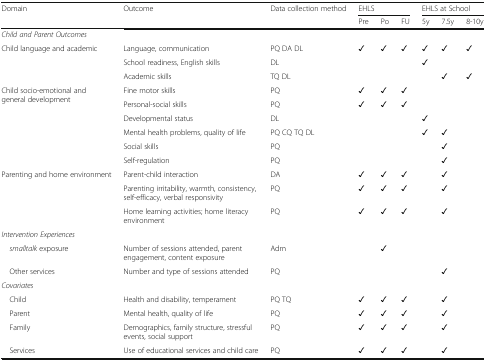
| <ROWSPAN=2> Domain | <ROWSPAN=2> Outcome | <ROWSPAN=2> Data collection method | <COLSPAN=3> EHLS | <COLSPAN=3> EHLS at School |
 | Pre | Po | FU | 5y | 7.5y | 8-10y |
 | --- | --- | --- | --- | --- | --- | --- | --- | --- |
 | <COLSPAN=9> Child and Parent Outcomes |
 | <ROWSPAN=3> Child language and academic | Language, communication | PQ DA DL | ✓ | ✓ | ✓ | ✓ | ✓ | ✓ |
 | School readiness, English skills | DL |  |  |  | ✓ |  |  |
 | Academic skills | TQ DL |  |  |  |  | ✓ | ✓ |
 | <ROWSPAN=6> Child socio-emotional and general development | Fine motor skills | PQ | ✓ | ✓ | ✓ |  |  |  |
 | Personal-social skills | PQ | ✓ | ✓ | ✓ |  |  |  |
 | Developmental status | DL |  |  |  | ✓ |  |  |
 | Mental health problems, quality of life | PQ CQ TQ DL |  |  |  | ✓ | ✓ |  |
 | Social skills | PQ |  |  |  |  | ✓ |  |
 | Self-regulation | PQ |  |  |  |  | ✓ |  |
 | <ROWSPAN=3> Parenting and home environment | Parent-child interaction | DA | ✓ | ✓ | ✓ |  | ✓ |  |
 | Parenting irritability, warmth, consistency, self-efficacy, verbal responsivity | PQ | ✓ | ✓ | ✓ |  | ✓ |  |
 | Home learning activities; home literacy environment | PQ | ✓ | ✓ | ✓ |  | ✓ |  |
 | <COLSPAN=9> Intervention Experiences |
 | smalltalk exposure | Number of sessions attended, parent engagement, content exposure | Adm |  | ✓ |  |  |  |  |
 | Other services | Number and type of sessions attended | PQ |  |  |  |  | ✓ |  |
 | <COLSPAN=9> Covariates |
 | Child | Health and disability, temperament | PQ TQ | ✓ | ✓ | ✓ |  | ✓ |  |
 | Parent | Mental health, quality of life | PQ | ✓ | ✓ | ✓ |  | ✓ |  |
 | Family | Demographics, family structure, stressful events, social support | PQ | ✓ | ✓ | ✓ |  | ✓ |  |
 | Services | Use of educational services and child care | PQ | ✓ | ✓ | ✓ |  | ✓ |  |